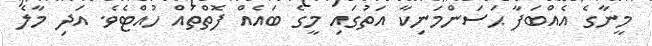
މީނާގެ އެއްބަފާ ޙަސަންމަނިކާ އަތުގައި މީގެ ބައެއް ފޮތްތައް ހުއްޓެވެ. އަދި މާލެ